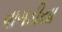
વાગડીયા